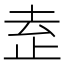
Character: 𬅻